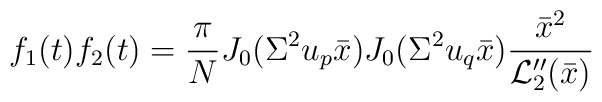
f_1(t)f_2(t)=\frac{\pi}{N} J_0(\Sigma^2u_p\bar x)  J_0(\Sigma^2u_q\bar x)\frac{\bar x^2}{{\cal L}_2''(\bar x)}